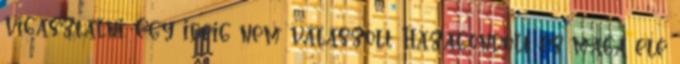
vigasztalni. Egy ideig nem válaszolt Hazagondolt és maga elé